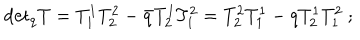
\mathrm { d e t } _ { q } T = T _ { 1 } ^ { 1 } T _ { 2 } ^ { 2 } - \bar { q } T _ { 2 } ^ { 1 } T _ { 1 } ^ { 2 } = T _ { 2 } ^ { 2 } T _ { 1 } ^ { 1 } - q T _ { 2 } ^ { 1 } T _ { 1 } ^ { 2 } \ ;